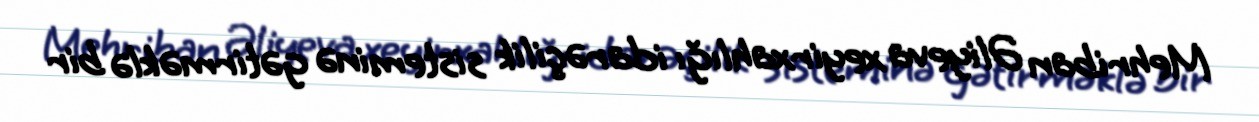
Mehriban Əliyeva xeyirxahlığı idarəçilik sisteminə gətirməklə bir